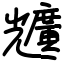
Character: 兤